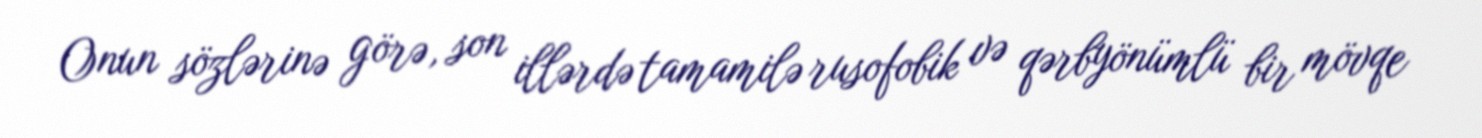
Onun sözlərinə görə, son illərdə tamamilə rusofobik və qərbyönümlü bir mövqe